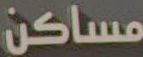
مساكن